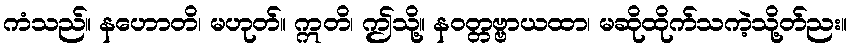
ကံသည်။ နဟောတိ၊ မဟုတ်။ ဣတိ၊ ဤသို့။ နဝတ္တဗ္ဗာယထာ၊ မဆိုထိုက်သကဲ့သို့တ်ညး။